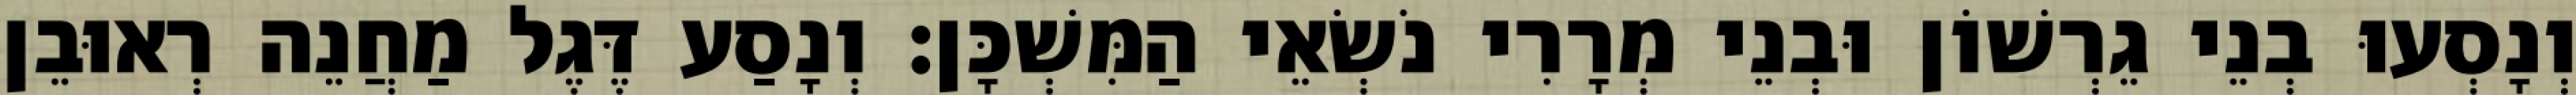
וְנָסְעוּ בְנֵי גֵרְשׁוֹן וּבְנֵי מְרָרִי נֹשְׂאֵי הַמִּשְׁכָּן׃ וְנָסַע דֶּגֶל מַחֲנֵה רְאוּבֵן